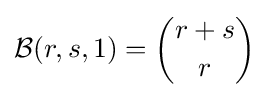
{\mathcal {B}}(r,s,1)={\binom {r+s}{r}}